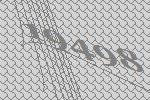
19498